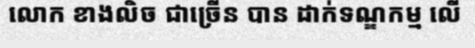
លោក ខាងលិច ជាច្រើន បាន ដាក់ទណ្ឌកម្ម លើ